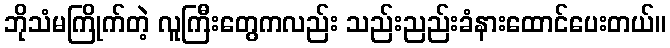
ဘိုသံမကြိုက်တဲ့ လူကြီးတွေကလည်း သည်းညည်းခံနားထောင်ပေးတယ်။